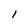
Character: 1